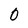
Character: O